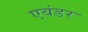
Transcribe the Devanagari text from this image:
एवंडर